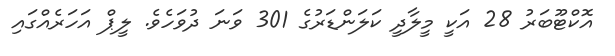
އޮކްޓޫބަރު 28 އަކީ މީލާދީ ކަލަންޑަރުގެ 301 ވަނަ ދުވަހެވެ. ލީޕް އަހަރެއްގައި